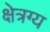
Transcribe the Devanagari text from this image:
क्षेत्रग्य